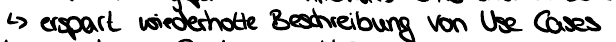
-> erspart wiederholte Beschreibung von Use Cases